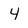
Character: 4